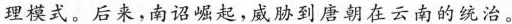
理模式。后来。南诏崛起，威胁到唐朝在云南的统治。